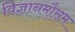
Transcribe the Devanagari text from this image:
विज्ञानमौसम